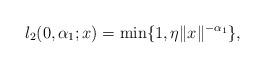
LaTeX: \begin{align*}l_2(0,\alpha_1;x) = \min\{1, \eta \|x\|^{-\alpha_1}\},\end{align*}